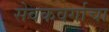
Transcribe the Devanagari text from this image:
सेवकवर्गाचा